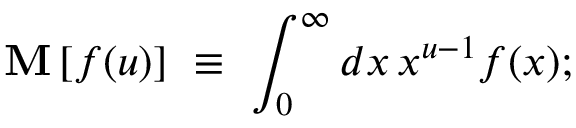
\mathbf { M } \, [ f ( u ) ] \, \, \equiv \, \, \int _ { 0 } ^ { \infty } d x \, x ^ { u - 1 } f ( x ) ;